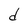
Character: d